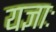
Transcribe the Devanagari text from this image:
यज्ञाः